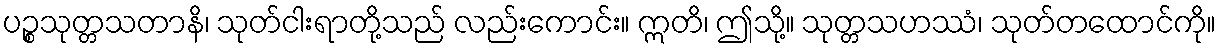
ပဉ္စသုတ္တသတာနိ၊ သုတ်ငါးရာတို့သည် လည်းကောင်း။ ဣတိ၊ ဤသို့။ သုတ္တသဟဿံ၊ သုတ်တထောင်ကို။